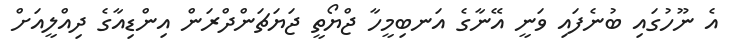
އެ ނޫހުގައި ބުނެފައި ވަނީ އޭނާގެ އަނބިމީހާ ޖްޔޯތީ ޖަޔަޗަންދްރަން އިންޑިއާގެ ދިއްލީއަށް